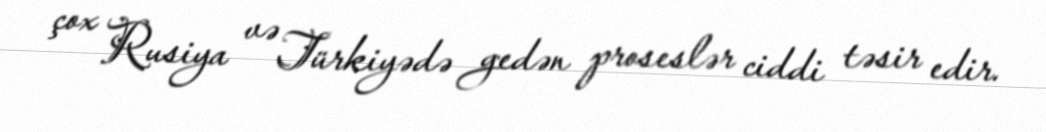
çox Rusiya və Türkiyədə gedən proseslər ciddi təsir edir.